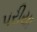
પરીયા